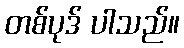
တစ်ပုဒ် ပါသည်။